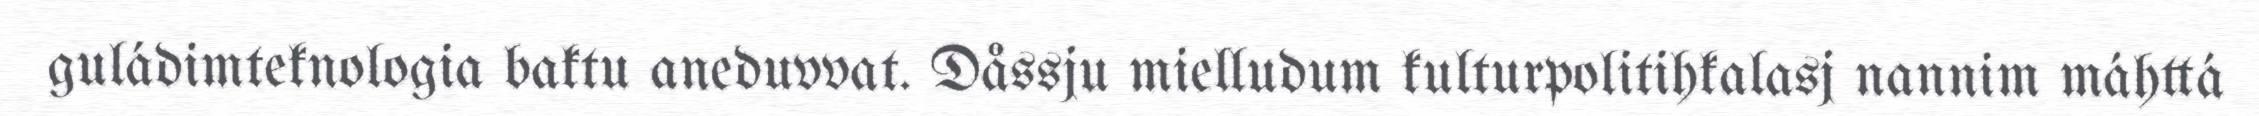
guládimteknologia baktu aneduvvat. Dåssju mielludum kulturpolitihkalasj nannim máhttá